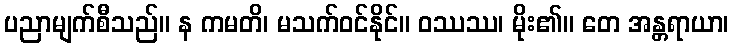
ပညာမျက်စီသည်။ န ကမတိ၊ မသက်ဝင်နိုင်။ ဝဿဿ၊ မိုး၏။ တေ အန္တရာယာ၊